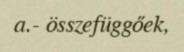
a.- összefüggőek,